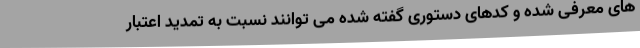
های معرفی شده و کدهای دستوری گفته شده می توانند نسبت به تمدید اعتبار